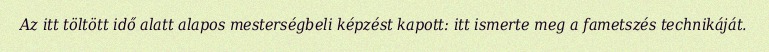
Az itt töltött idő alatt alapos mesterségbeli képzést kapott: itt ismerte meg a fametszés technikáját.